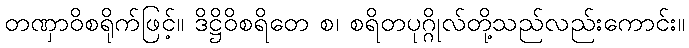
တဏှာဝိစရိုက်ဖြင့်။ ဒိဋ္ဌိဝိစရိတေ စ၊ စရိတပုဂ္ဂိုလ်တို့သည်လည်းကောင်း။